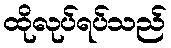
ထိုလုပ်ရပ်သည်